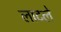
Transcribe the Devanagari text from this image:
लाटले